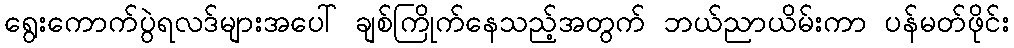
ရွေးကောက်ပွဲရလဒ်များအပေါ် ချစ်ကြိုက်နေသည့်အတွက် ဘယ်ညာယိမ်းကာ ပန်မတ်ဖိုင်း